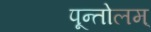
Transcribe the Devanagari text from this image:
पून्तोलम्